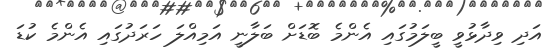
އަދި ވިދާޅުވީ ބީލަމުގައި އެންމެ ބޮޑަށް ބަލާނީ އަމިއްލަ ހަރަދުގައި އެންމެ ކުޑަ